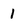
Character: 1